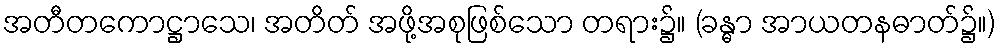
အတီတကောဋ္ဌာသေ၊ အတိတ် အဖို့အစုဖြစ်သော တရား၌။ (ခန္ဓာ အာယတနဓာတ်၌။)